Report of the Indian Hemp Drugs Commission, 1894-1895 - Volume VI
Year: 1894
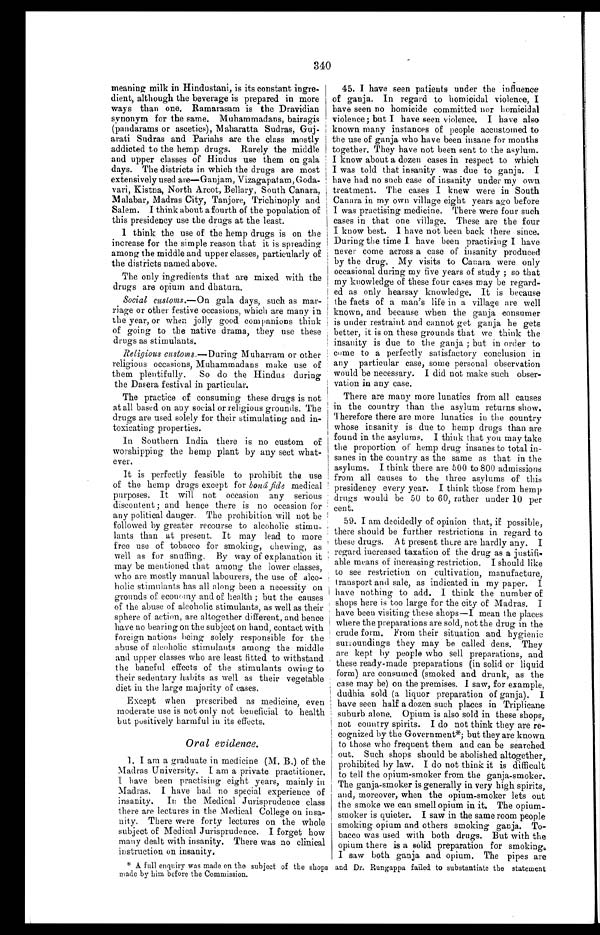
340
meaning milk in Hindustani, is its constant ingre-
dient, although the beverage is prepared in more
ways than one. Ramarasam is the Dravidian
synonym for the same. Muhammadans, bairagis
(pandarams or ascetics), Maharatta Sudras, Guj-
arati Sudras and Pariahs are the class mostly
addicted to the hemp drugs. Rarely the middle
and upper classes of Hindus use them on gala
days. The districts in which the drugs are most
extensively used are—Ganjam, Vizagapatam, G oda-
vari, Kistna, North Arcot, Bellary, South Canara,
Malabar, Madras City, Tanjore, Trichinoply and
Salem. I think about a fourth of the population of
this presidency use the drugs at the least.
I think the use of the hemp drugs is on the
increase for the simple reason that it is spreading
among the middle and upper classes, particularly of
the districts named above.
The only ingredients that are mixed with the
drugs are opium and dhatura.
Social customs.—On gala days, such as mar-
riage or other festive occasions, which are many in
the year, or when jolly good companions think
of going to the native drama, they use these
drugs as stimulants.
Religious customs.—During Muharram or other
religious occasions, Muhammadans make use of
them plentifully. So do the Hindus during
the Dasera festival in particular.
The practice of consuming these drugs is not
at all based on any social or religious grounds. The
drugs are used solely for their stimulating and in-
toxicating properties.
In Southern India there is no custom of
worshipping the hemp plant by any sect what-
ever.
It is perfectly feasible to prohibit the use
of the hemp drugs except for bond fide medical
purposes. It will not occasion any serious
discontent; and hence there is no occasion for
any political danger. The prohibition will not be
followed by greater recourse to alcoholic stimu-
lants than at present. It may lead to more
free use of tobacco for smoking, chewing, as
well as for snuffing. By way of explanation it
may be mentioned that among the lower classes,
who are mostly manual labourers, the use of alco-
holic stimulants has all along been a necessity on
grounds of economy and of health ; but the causes
of the abuse of alcoholic stimulants, as well as their
sphere of action, are altogether different, and hence
have no bearing on the subject on hand, contact with
foreign nations being solely responsible for the
abuse of alcoholic stimulants among the middle
and upper classes who are least fitted to withstand
the baneful effects of the stimulants owing to
their sedentary habits as well as their vegetable
diet in the large majority of cases.
Except when prescribed as medicine, even
moderate use is not only not beneficial to health
but positively harmful in its effects.
45. I have seen patients under the influence
of ganja. In regard to homicidal violence, I
have seen no homicide committed nor homicidal
violence; but I have seen violence. I have also
known many instances of people accustomed to
the use of ganja who have been insane for months
together. They have not been sent to the asylum.
I know about a dozen cases in respect to which
I was told that insanity was due to ganja. I
have had no such case of insanity under my own
treatment. The cases I knew were in South
Canara in my own village eight years ago before
I was practising medicine. There were four such
cases in that one village. These are the four
I know best. I have not been back there since.
During the time I have been practising I have
never come across a case of insanity produced
by the drug. My visits to Canara were only
occasional during my five years of study ; so that.
my knowledge of these four cases may be regard-
ed as only hearsay knowledge. It is because
the facts of a man's life in a village are well
known, and because when the ganja consumer
is under restraint and cannot get ganja he gets
better, it is on these grounds that we think the
insanity is due to the ganja ; but in order to
come to a perfectly satisfactory conclusion in
any particular case, some personal observation
would be necessary. I did not make such obser-
vation in any case.
There are many more lunatics from all causes
in the country than the asylum returns show.
Therefore there are more lunatics in the country
whose insanity is due to hemp drugs than are
found in the asylums. I think that you may take
the proportion of hemp drug insanes to total in-
sanes in the country as the same as that in the
asylums. I think there are 500 to 800 admissions
from all causes to the three asylums of this
presidency every year. I think those from hemp
drugs would be 50 to 60, rather under 10 per
cent.
59. I am decidedly of opinion that, if possible,
there should be further restrictions in regard to
these drugs. At present there are hardly any. I
regard increased taxation of the drug as a justifi-
able means of increasing restriction. I should like
to see restriction on cultivation, manufacture.
transport and sale, as indicated in my paper.I
have nothing to add. I think the number of
shops here is too large for the city of Madras. I
have been visiting these shops—I mean the places
where the preparations are sold, not the drug in the
crude form. From their situation and hygienic
surroundings they may be called dens. They
are kept by people who sell preparations, and
these ready-made preparations (in solid or liquid
form) are consumed (smoked and drunk, as the
case may be) on the premises. I saw, for example,
dudhia sold (a liquor preparation of ganja). I
have seen half a dozen such places in Triplicane
suburb alone, Opium is also sold in these shops,
not country spirits. I do not think they are re-
, cognized by the Government*; but they are known
to those who frequent them and can be searched
out. Such shops should be abolished altogether,
prohibited by law. I do not think it is difficult
to tell the opium-smoker from the ganja-smoker.
The ganja-smoker is generally in very high spirits,
and, moreover, when the opium-smoker lets out
the smoke we can smell opium in it. The opium-
smoker is quieter. I saw in the same room people
smoking opium and others smoking ganja. To-
bacco was used with both drugs. But with the
opium there is a solid preparation for smoking,
I saw both ganja and opium. The pipes are
and Dr. Rungappa failed to substantiate the statement
Oral evidence.
1. I am a graduate in medicine (M. B.) of the
Madras University. I am a private practitioner.
I have been practising eight years, mainly in
Madras. I have had no special experience of
insanity. In the Medical Jurisprudence class
there are lectures in the Medical College on insa-
nity. There were forty lectures on the whole
subject of Medical Jurisprudence. I forget how
many dealt with insanity. There was no clinical
instruction on insanity.
A full enquiry was made on the subject of the shops
made by him before the Commission.